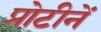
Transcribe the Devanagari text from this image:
प्रोटीनें